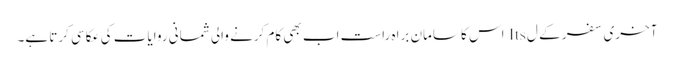
آخری سفر کے ل Its اس کا سامان براہ راست اب بھی کام کرنے والی شمانی روایات کی عکاسی کرتا ہے۔